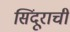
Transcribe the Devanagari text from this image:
सिंदूराची